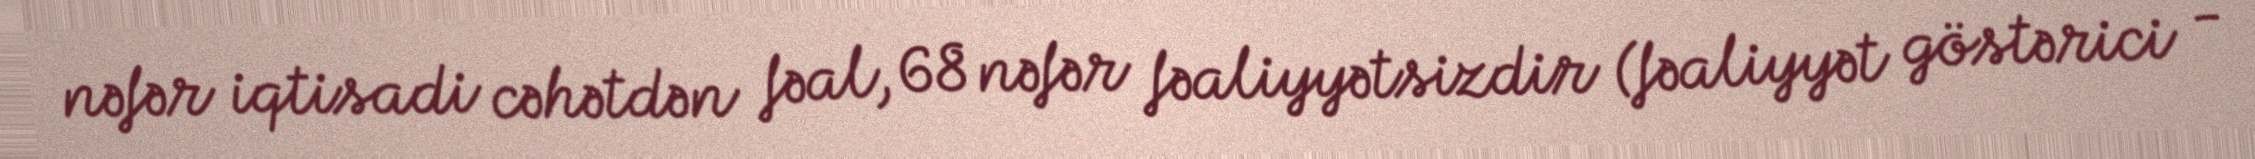
nəfər iqtisadi cəhətdən fəal, 68 nəfər fəaliyyətsizdir (fəaliyyət göstərici -